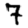
Digit: 7